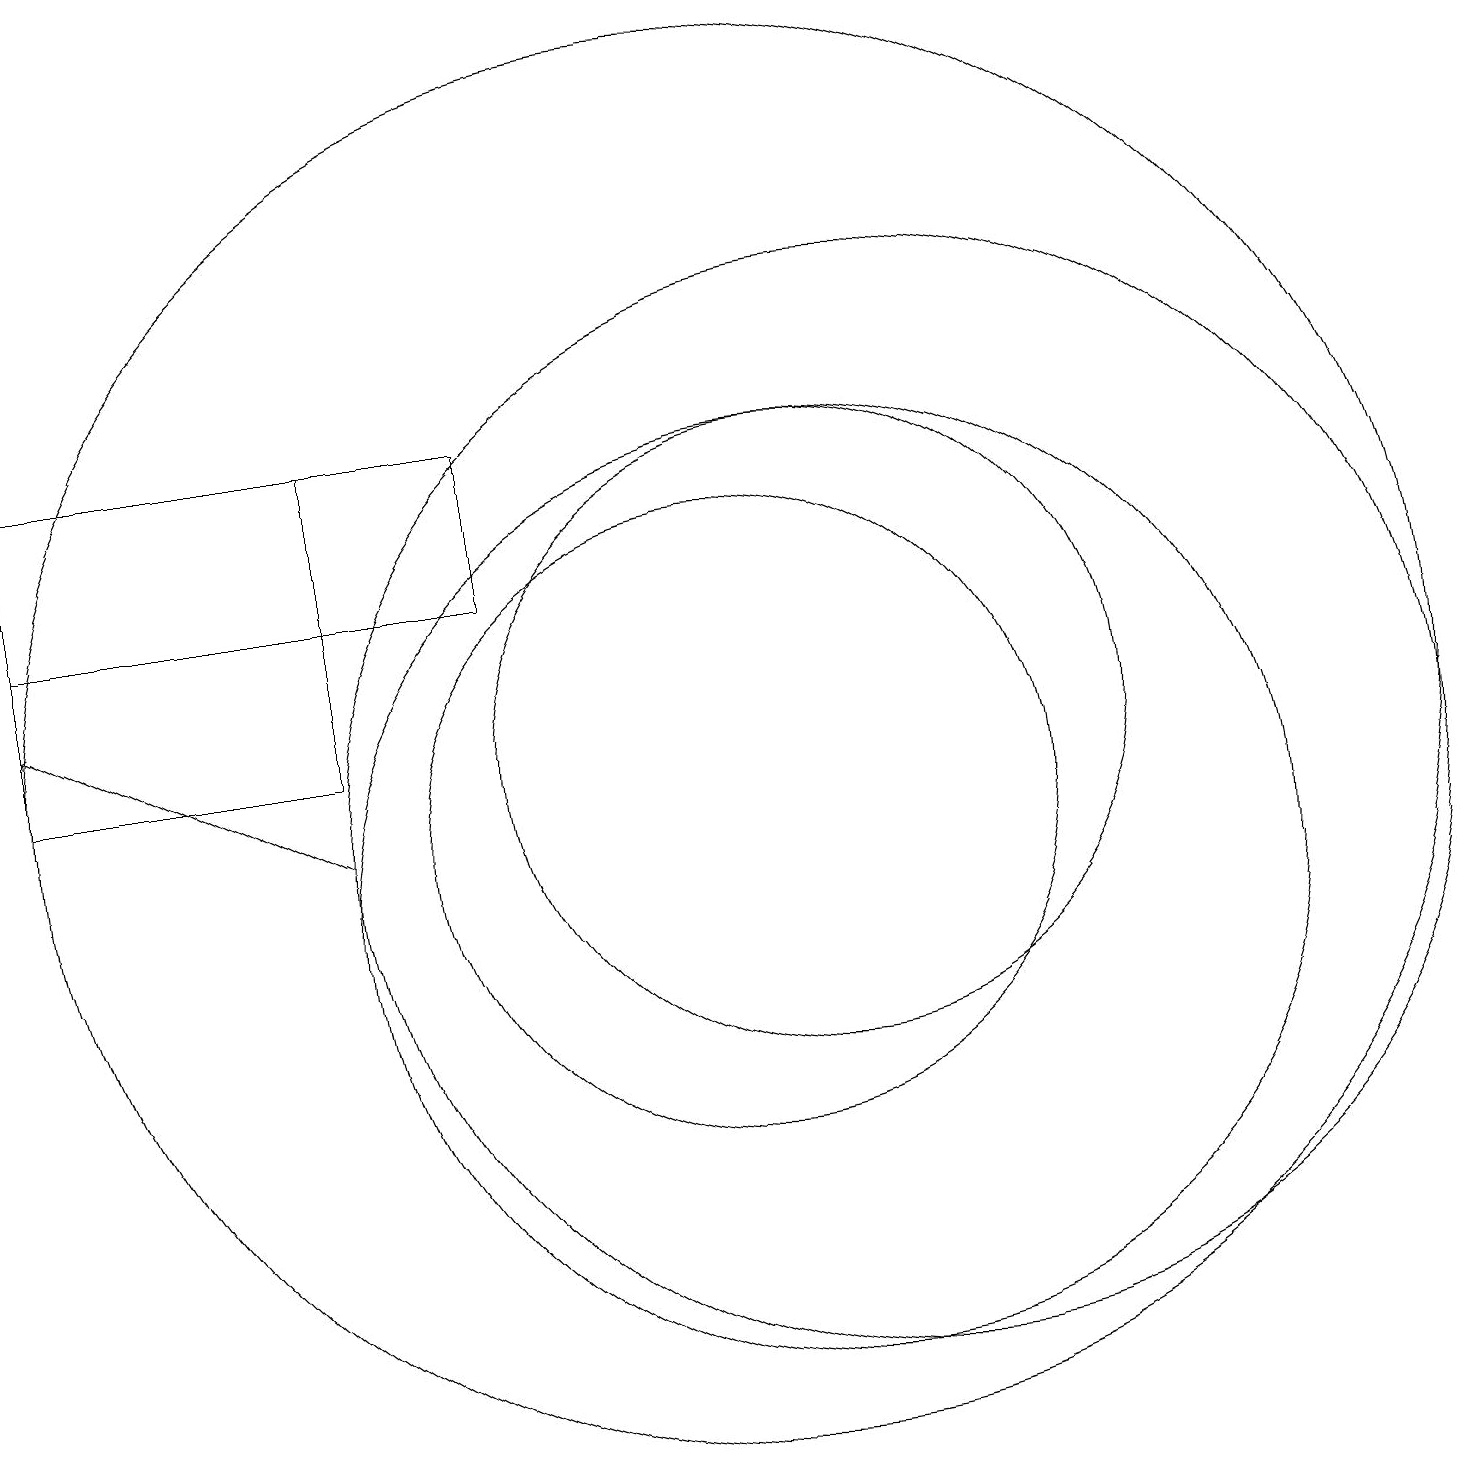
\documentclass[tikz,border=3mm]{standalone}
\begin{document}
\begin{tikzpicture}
\draw (11,12) circle (4);
\draw (10,12) circle (9);
\draw (11,10) circle (6);
\draw (1,16) rectangle (5,12);
\draw[->] (5,11) -- (1,13);
\draw (12,11) circle (7);
\draw (7,16) rectangle (1,14);
\draw (10,11) circle (4);
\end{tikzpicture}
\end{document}